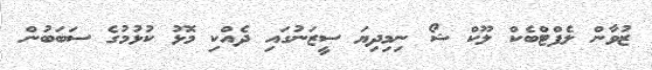
ޒުވާން ލެފްޓްބެކް ލޫކް ޝޯ ނިމިދިޔަ ސީޒަނުގައި ދެއްކި މޮޅު ކުޅުމުގެ ސަބަބުން